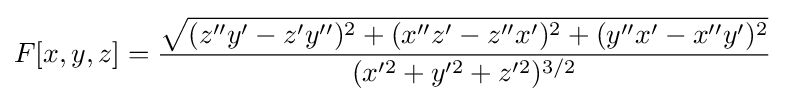
F[x,y,z]={\frac {\sqrt {(z''y'-z'y'')^{2}+(x''z'-z''x')^{2}+(y''x'-x''y')^{2}}}{(x'^{2}+y'^{2}+z'^{2})^{3/2}}}